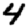
Digit: 4